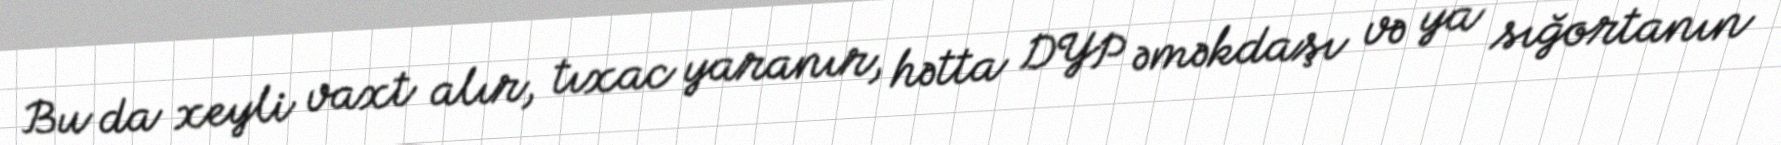
Bu da xeyli vaxt alır, tıxac yaranır, hətta DYP əməkdaşı və ya sığortanın